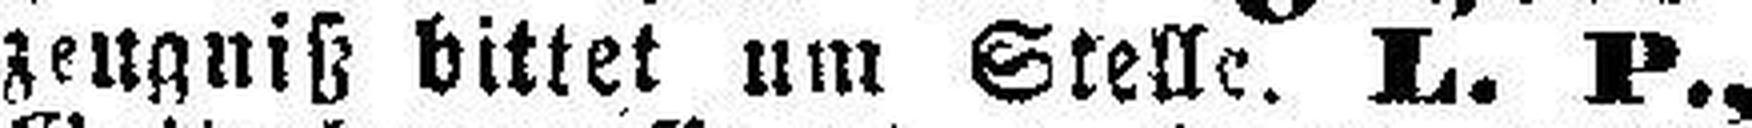
zeugniß bittet um Stelle. L. P.,